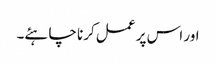
اور اس پر عمل کرنا چاہئے۔